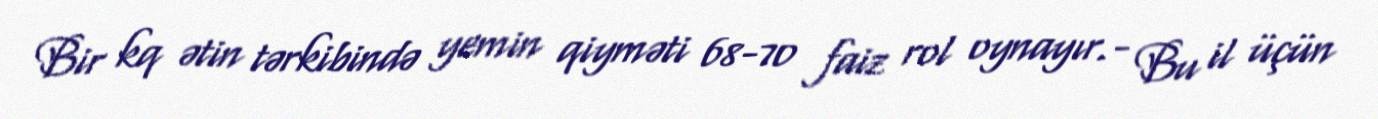
Bir kq ətin tərkibində yemin qiyməti 68-70 faiz rol oynayır.- Bu il üçün